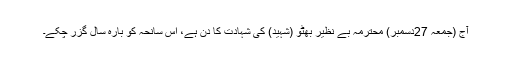
آج (جمعہ 27دسمبر) محترمہ بے نظیر بھٹو (شہید) کی شہادت کا دن ہے، اس سانحہ کو بارہ سال گزر چکے۔